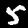
Digit: 5